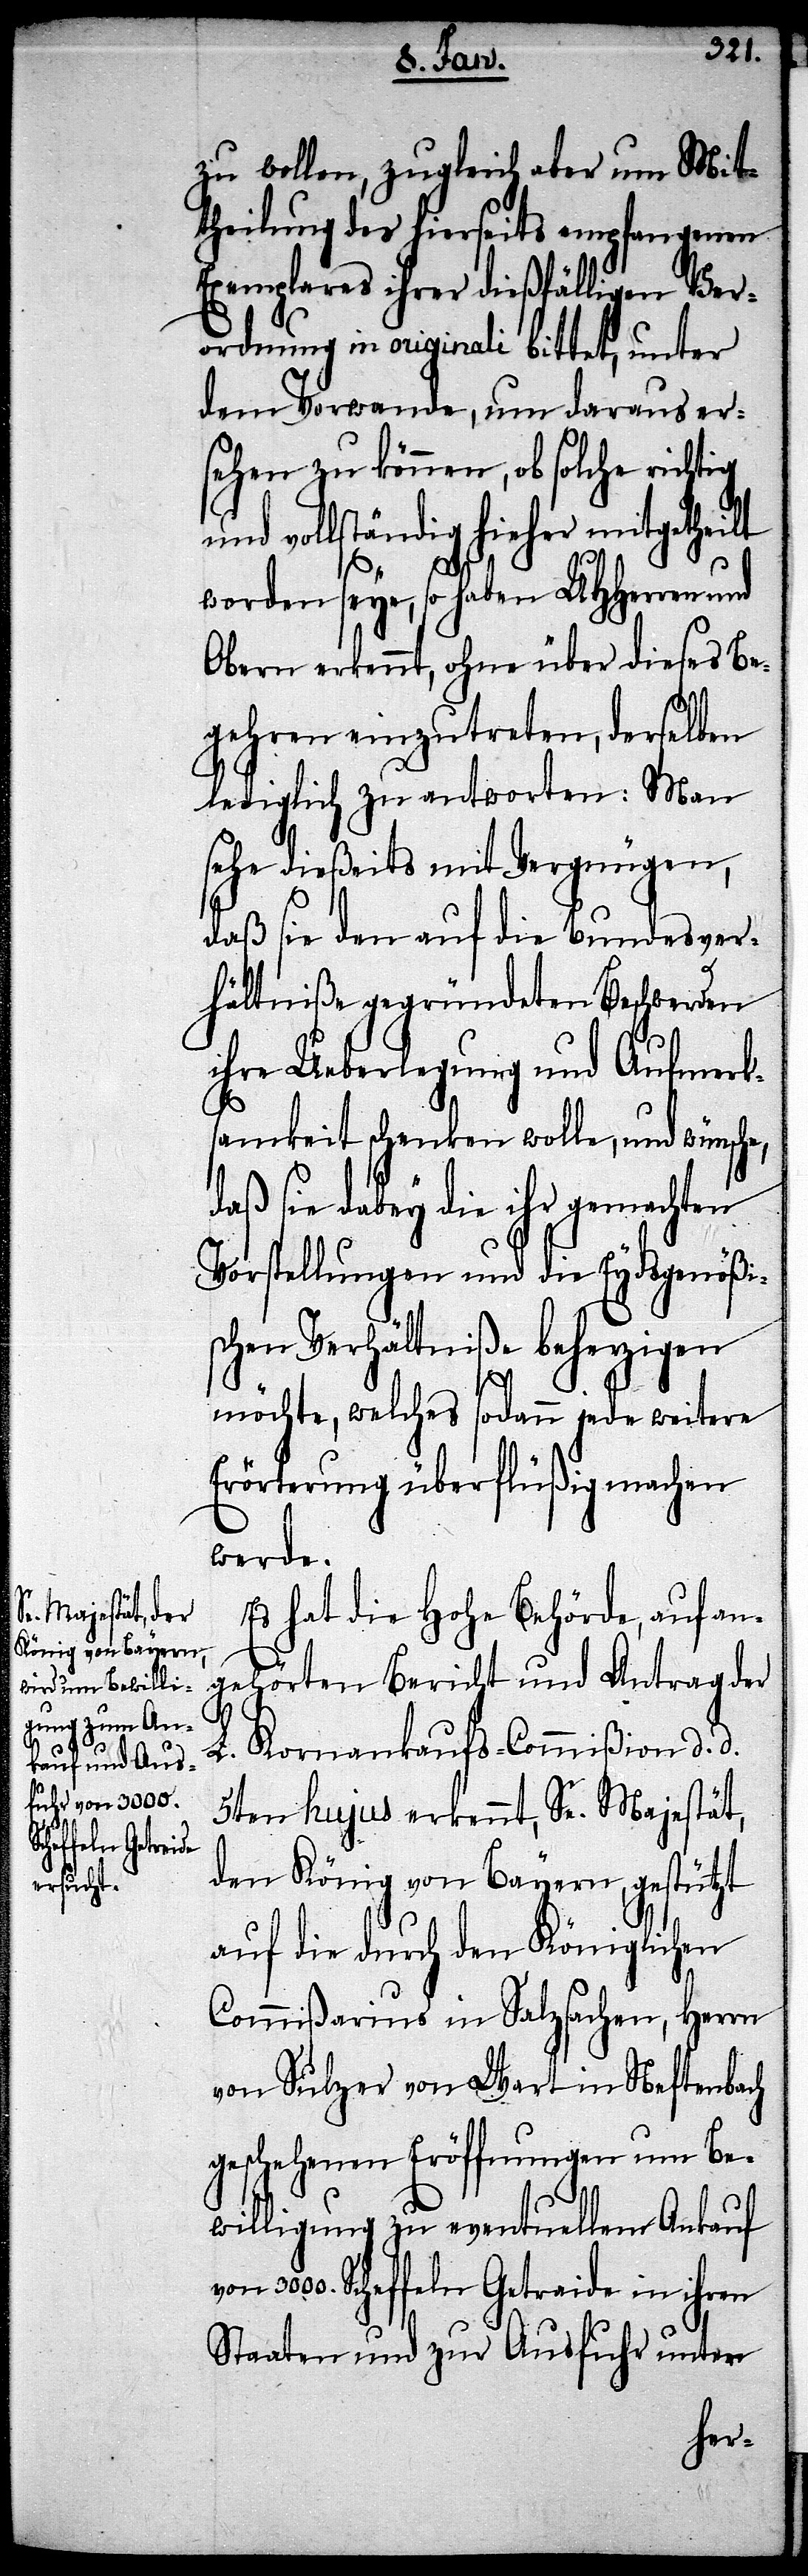
zugleich aber

Mitt¬
theilung des hierseits empfangenen
Exemplares ihrer dießfälligen Ver¬
ordnung in originali bittet, unter
dem Vorwande, um daraus er¬
sehen zu können, ob solche richtig
und vollständig hieher mitgetheilt
worden seye, so haben UHherren und
Obern erkannt, ohne über dieses Be¬
gehren einzutreten, derselben
lediglich zu antworten: Man
sehe dießeits mit Vergnügen,
daß sie den auf die Bundesver¬
hältniße gegründeten Beschwerden
ihre Ueberlegung und Aufmerk¬
samkeit schenken wollen, und wünsche,
daß sie dabey die ihr gemachten
Vorstellungen und die Eydsgenößi¬
schen Verhältniße beherzigen
möchte, welches sodann jede weitere
Erörterung überflüßig machen
werde.
Es hat die hohe Behörde, auf an¬
gehörten Bericht und Antrag der
L. Kornankaufs-Commißion d. d.
5ten hujus erkennt, Se. Majestät,
den König von Bayern, gestützt
auf die durch den Königlichen
Commißarius in Salzsachen, Herrn
von Sulzer von Wart in Neftenbach
geschehenen Eröffnungen um Be¬
willigung zu eventuellem Ankauf
3000. Scheffeln Getreide in ihren
Staaten und zur Ausfuhr untere